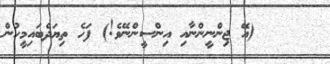
٦٣     (އޭ ޖިންނީންނާއި އިންސީންނޭވެ!) ފަހެ ތިޔަދެބައިމީހުން